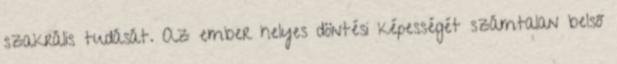
szakrális tudását. Az ember helyes döntési képességét számtalan belső